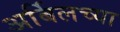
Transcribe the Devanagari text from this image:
अर्बिलच्या